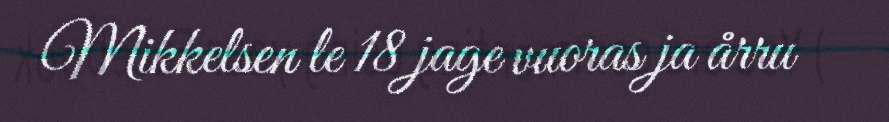
Mikkelsen le 18 jage vuoras ja årru